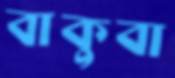
বাকুবা